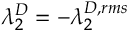
\lambda _ { 2 } ^ { D } = - \lambda _ { 2 } ^ { D , r m s }